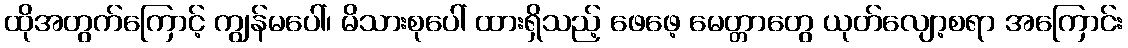
ထိုအတွက်ကြောင့် ကျွန်မပေါ်၊ မိသားစုပေါ် ထားရှိသည့် ဖေဖေ့ မေတ္တာတွေ ယုတ်လျော့စရာ အကြောင်း